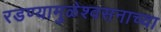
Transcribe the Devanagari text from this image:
रडण्यामुळेश्वसनाच्या